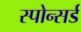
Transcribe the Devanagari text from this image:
स्पोन्सर्ड